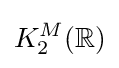
K_{2}^{M}(\mathbb {R} )